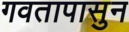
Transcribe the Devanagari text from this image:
गवतापासुन